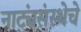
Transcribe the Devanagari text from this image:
नाट्यंसंस्थेचे